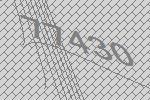
77430